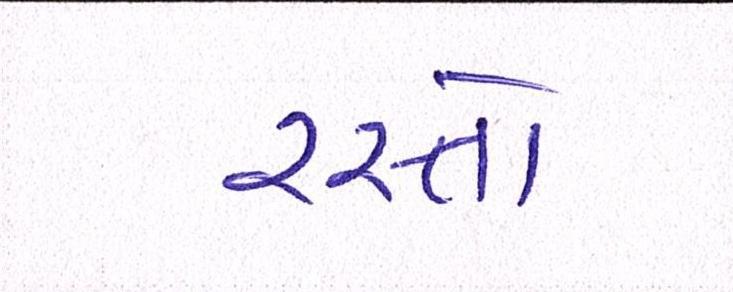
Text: રસ્તો